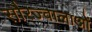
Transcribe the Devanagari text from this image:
सौरज्वालाओं